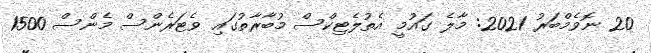
20 ނޮވެމްބަރު 2021: މާލެ ގައުމީ އެތުލެޓިކްސް މުބާރާތުގައި ވެޓަރެންސް މެންސް 1500